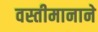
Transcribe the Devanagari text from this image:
वस्तीमानाने